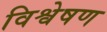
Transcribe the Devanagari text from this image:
विश्वेषण